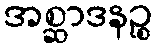
အစ္ဆာဒနဉ္စ